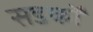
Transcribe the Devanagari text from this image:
सडकोँ